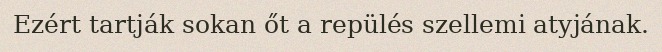
Ezért tartják sokan őt a repülés szellemi atyjának.